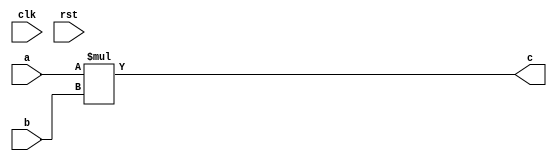
`timescale 1ns/1ps




//--- the following configuratble adder uses input Mux
//for the purpose of truncation
module unconfig_int_add(
 clk,
 rst,
 a,
 b,
 c
);




//--- parameters
//parameter BT_RND = 0
parameter OP_BITWIDTH = 16; //operator bit width
parameter DATA_PATH_BITWIDTH = 16; //flip flop Bit width


//--- input,outputs
input clk;
input rst;
input [DATA_PATH_BITWIDTH -1:0] a;
input [DATA_PATH_BITWIDTH-1:0] b;
output [DATA_PATH_BITWIDTH-1:0] c;


////---F: Ripple Cary Adder deisng
////module test ripple_adder_4bit; 
//wire Cout;
// // Instantiate the Unit Under Test (UUT)
//ripple_adder_4bit uut (
//  .Sum(c[3:0]), 
//  .Cout(Cout), 
//  .A(a[3:0]), 
//  .B(b[3:0]), 
//  .Cin(a[0])
// );



//--- no flop design
assign c = a * b;

/*
//--- regs, wires
reg [DATA_PATH_BITWIDTH-1:0]  reg_c;
wire [OP_BITWIDTH -1 : 0]w_c;
reg [DATA_PATH_BITWIDTH -1:0]  reg_a;
reg [DATA_PATH_BITWIDTH -1:0]  reg_b;


//--- design
acc_int_add #(OP_BITWIDTH) u0_ac (reg_a[DATA_PATH_BITWIDTH -1: DATA_PATH_BITWIDTH - OP_BITWIDTH], reg_b[DATA_PATH_BITWIDTH -1: DATA_PATH_BITWIDTH - OP_BITWIDTH], w_c);

always @(posedge clk or negedge rst)
begin
  if (~rst)
  begin
    reg_a <= 0;
    reg_b <= 0;
  end
  else 
  begin
      reg_a <= a;
      reg_b <= b;
  end
end

always @(posedge clk or negedge rst)
begin
  if (~rst)
  begin
    reg_c <= #0.1 0;
  end
  else 
  begin
    reg_c[DATA_PATH_BITWIDTH-1: DATA_PATH_BITWIDTH-OP_BITWIDTH] <= w_c;
  end
end

assign c = reg_c; 

*/
endmodule